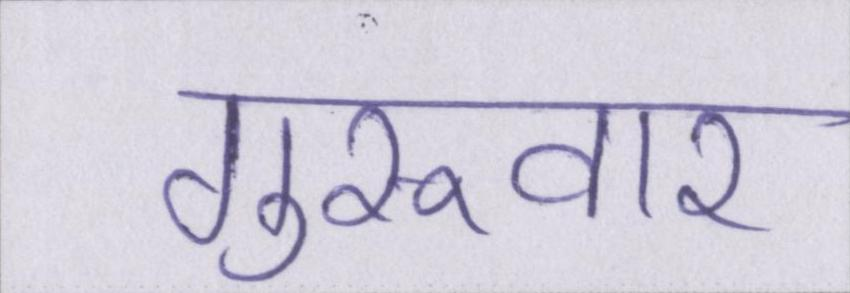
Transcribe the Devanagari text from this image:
गुरूवार